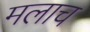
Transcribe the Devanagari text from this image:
मलाच